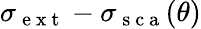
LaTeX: \sigma_{\mathrm{~e~x~t~}}-\sigma_{\mathrm{~s~c~a~}}(\theta)